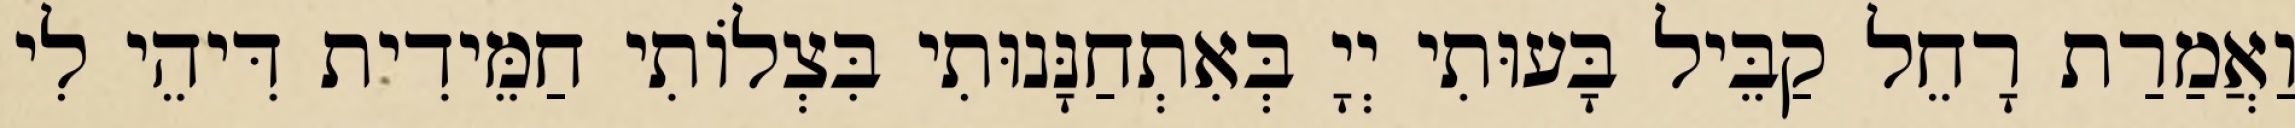
וַאֲמַרַת רָחֵל קַבֵּיל בָּעוּתִי יְיָ בְּאִתְחַנָּנוּתִי בִּצְלוֹתִי חַמֵּידִית דִּיהֵי לִי